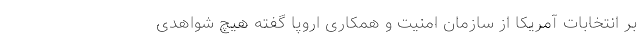
بر انتخابات آمریکا از سازمان امنیت و همکاری اروپا گفته هیچ شواهدی